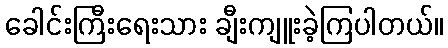
ခေါင်းကြီးရေးသား ချီးကျူးခဲ့ကြပါတယ်။